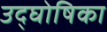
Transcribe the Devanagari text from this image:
उद्‌घोषिका